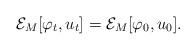
LaTeX: \begin{align*}\mathcal{E}_M[\varphi_t, u_t] = \mathcal{E}_M[\varphi_0, u_0].\end{align*}